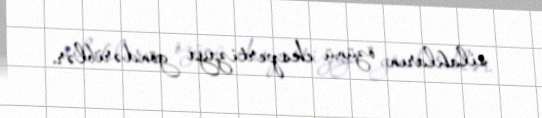
silahların özünü ekspertizaya göndəriblər.